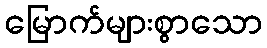
မြောက်များစွာသော